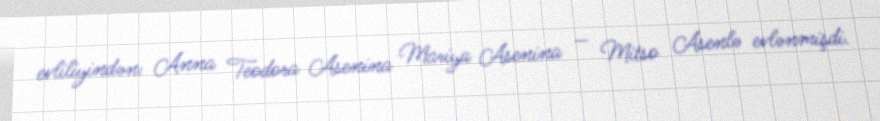
evliliyindən: Anna Teodora Asenina Mariya Asenina — Mitso Asenlə evlənmişdi.